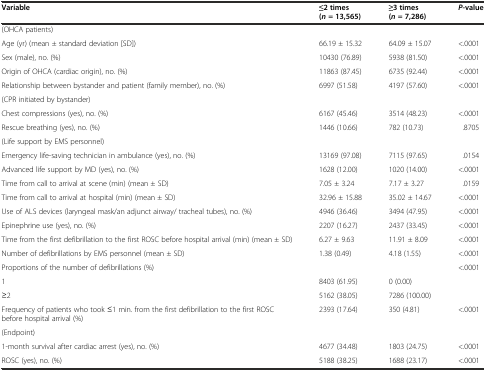
<table><thead><tr><td><b>Variable</b></td><td><b>≤2 times (<i>n =</i>13,565)</b></td><td><b>≥3 times (<i>n =</i>7,286)</b></td><td><b><i>P</i>-value</b></td></tr></thead><tbody><tr><td>(OHCA patients)</td><td></td><td></td><td></td></tr><tr><td>Age (yr) (mean ± standard deviation [SD])</td><td>66.19 ± 15.32</td><td>64.09 ± 15.07</td><td>&lt;.0001</td></tr><tr><td>Sex (male), no. (%)</td><td>10430 (76.89)</td><td>5938 (81.50)</td><td>&lt;.0001</td></tr><tr><td>Origin of OHCA (cardiac origin), no. (%)</td><td>11863 (87.45)</td><td>6735 (92.44)</td><td>&lt;.0001</td></tr><tr><td>Relationship between bystander and patient (family member), no. (%)</td><td>6997 (51.58)</td><td>4197 (57.60)</td><td>&lt;.0001</td></tr><tr><td>(CPR initiated by bystander)</td><td></td><td></td><td></td></tr><tr><td>Chest compressions (yes), no. (%)</td><td>6167 (45.46)</td><td>3514 (48.23)</td><td>&lt;.0001</td></tr><tr><td>Rescue breathing (yes), no. (%)</td><td>1446 (10.66)</td><td>782 (10.73)</td><td>.8705</td></tr><tr><td>(Life support by EMS personnel)</td><td></td><td></td><td></td></tr><tr><td>Emergency life-saving technician in ambulance (yes), no. (%)</td><td>13169 (97.08)</td><td>7115 (97.65)</td><td>.0154</td></tr><tr><td>Advanced life support by MD (yes), no. (%)</td><td>1628 (12.00)</td><td>1020 (14.00)</td><td>&lt;.0001</td></tr><tr><td>Time from call to arrival at scene (min) (mean ± SD)</td><td>7.05 ± 3.24</td><td>7.17 ± 3.27</td><td>.0159</td></tr><tr><td>Time from call to arrival at hospital (min) (mean ± SD)</td><td>32.96 ± 15.88</td><td>35.02 ± 14.67</td><td>&lt;.0001</td></tr><tr><td>Use of ALS devices (laryngeal mask/an adjunct airway/ tracheal tubes), no. (%)</td><td>4946 (36.46)</td><td>3494 (47.95)</td><td>&lt;.0001</td></tr><tr><td>Epinephrine use (yes), no. (%)</td><td>2207 (16.27)</td><td>2437 (33.45)</td><td>&lt;.0001</td></tr><tr><td>Time from the first defibrillation to the first ROSC before hospital arrival (min) (mean ± SD)</td><td>6.27 ± 9.63</td><td>11.91 ± 8.09</td><td>&lt;.0001</td></tr><tr><td>Number of defibrillations by EMS personnel (mean ± SD)</td><td>1.38 (0.49)</td><td>4.18 (1.55)</td><td>&lt;.0001</td></tr><tr><td>Proportions of the number of defibrillations (%)</td><td></td><td></td><td>&lt;.0001</td></tr><tr><td>1</td><td>8403 (61.95)</td><td>0 (0.00)</td><td></td></tr><tr><td>≥2</td><td>5162 (38.05)</td><td>7286 (100.00)</td><td></td></tr><tr><td>Frequency of patients who took ≤1 min. from the first defibrillation to the first ROSC before hospital arrival (%)</td><td>2393 (17.64)</td><td>350 (4.81)</td><td>&lt;.0001</td></tr><tr><td>(Endpoint)</td><td></td><td></td><td></td></tr><tr><td>1-month survival after cardiac arrest (yes), no. (%)</td><td>4677 (34.48)</td><td>1803 (24.75)</td><td>&lt;.0001</td></tr><tr><td>ROSC (yes), no. (%)</td><td>5188 (38.25)</td><td>1688 (23.17)</td><td>&lt;.0001</td></tr></tbody></table>